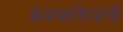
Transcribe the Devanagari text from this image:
केमवासियांनी